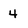
Character: 4